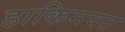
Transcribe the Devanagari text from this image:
हाकिमयत